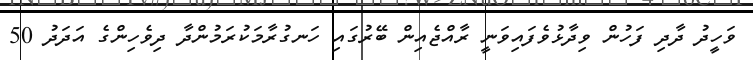
ވަހީދު ދާދި ފަހުން ވިދާޅުވެފައިވަނީ ރާއްޖެއިން ބޭރުގައި ހަނގުރާމަކުރަމުންދާ ދިވެހިންގެ އަދަދު 50